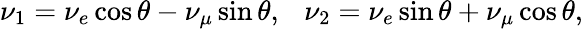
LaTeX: \nu_{1}=\nu_{e}\cos\theta-\nu_{\mu}\sin\theta,~~~\nu_{2}=\nu_{e}\sin\theta+\nu_{\mu}\cos\theta,